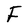
Character: F